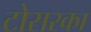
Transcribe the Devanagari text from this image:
टोसरका